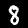
Label: 8